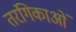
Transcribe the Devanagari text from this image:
तरंगिकाओं